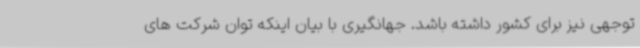
توجهی نیز برای کشور داشته باشد. جهانگیری با بیان اینکه توان شرکت های